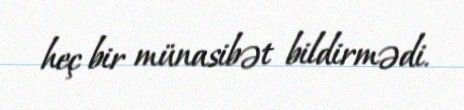
heç bir münasibət bildirmədi.